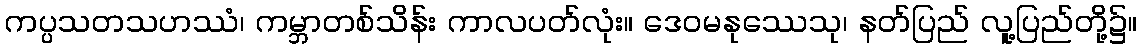
ကပ္ပသတသဟဿံ၊ ကမ္ဘာတစ်သိန်း ကာလပတ်လုံး။ ဒေဝမနုဿေသု၊ နတ်ပြည် လူ့ပြည်တို့၌။